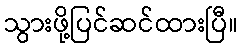
သွားဖို့ပြင်ဆင်ထားပြီ။